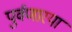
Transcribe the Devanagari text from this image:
पुर्वणारया